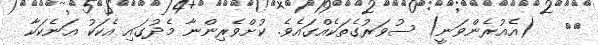
٤١   (އެއުރެންވަނީ) ސުވަރުގެތަކެއްގައެވެ. ކުށްވެރިންނާ މެދުގައި އެކަކު އަނެކަކާ